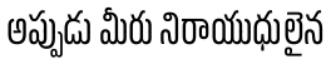
అప్పుడు మీరు నిరాయుధులైన